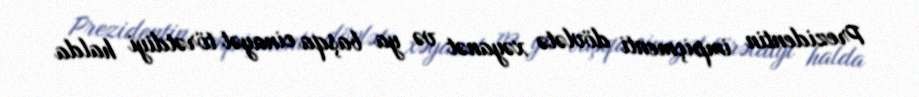
Prezidentin impiçmenti dövlətə xəyanət və ya başqa cinayət törətdiyi halda